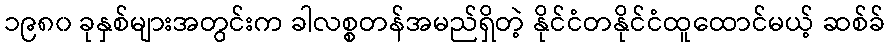
၁၉၈၀ ခုနှစ်များအတွင်းက ခါလစ္စတန်အမည်ရှိတဲ့ နိုင်ငံတနိုင်ငံထူထောင်မယ့် ဆစ်ခ်